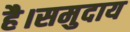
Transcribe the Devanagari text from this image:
है।समुदाय